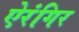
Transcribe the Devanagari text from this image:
ऐरंगिर